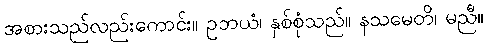
အစားသည်လည်းကောင်း။ ဥဘယံ၊ နှစ်စုံသည်။ နသမေတိ၊ မညီ။